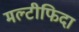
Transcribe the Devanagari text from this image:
मल्टीफिदा